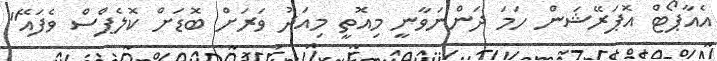
އެއާޕޯޓް އޮޕަރޭޝަން ހަމަ ދަންނަވާނީ މިއޮތީ މިއަދު ވަރަށް ބޮޑަށް ކޮލެޕްސް ވެފައޭ"